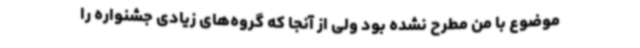
موضوع با من مطرح نشده بود ولی از آنجا که گروه‌های زیادی جشنواره را